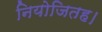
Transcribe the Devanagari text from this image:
नियोजितह।